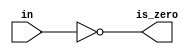
/*
 * Copyright (c) 2024 Ivan Pancheniak
 * SPDX-License-Identifier: Apache-2.0
 */

module is_zero14  (
    input wire [12:0] in,
    output wire is_zero
);

assign is_zero = in == 0;

endmodule